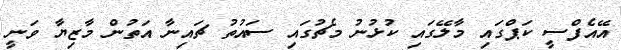
އޭއެފްސީ ކަޕްގައި މާލޭގައި ކުޅުނު މެޗުގައި ސައުތު ޗައިނާ އަތުން މާޒިޔާ ވަނީ